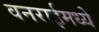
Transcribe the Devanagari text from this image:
वनराईमध्ये